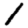
Digit: 1